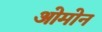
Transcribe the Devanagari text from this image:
ओमोन